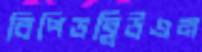
বিপিডব্লিউএন